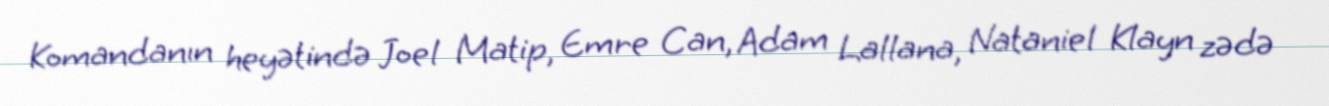
Komandanın heyətində Joel Matip, Emre Can, Adam Lallana, Nataniel Klayn zədə